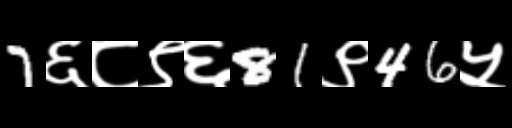
Text: 7६८९६81९46५